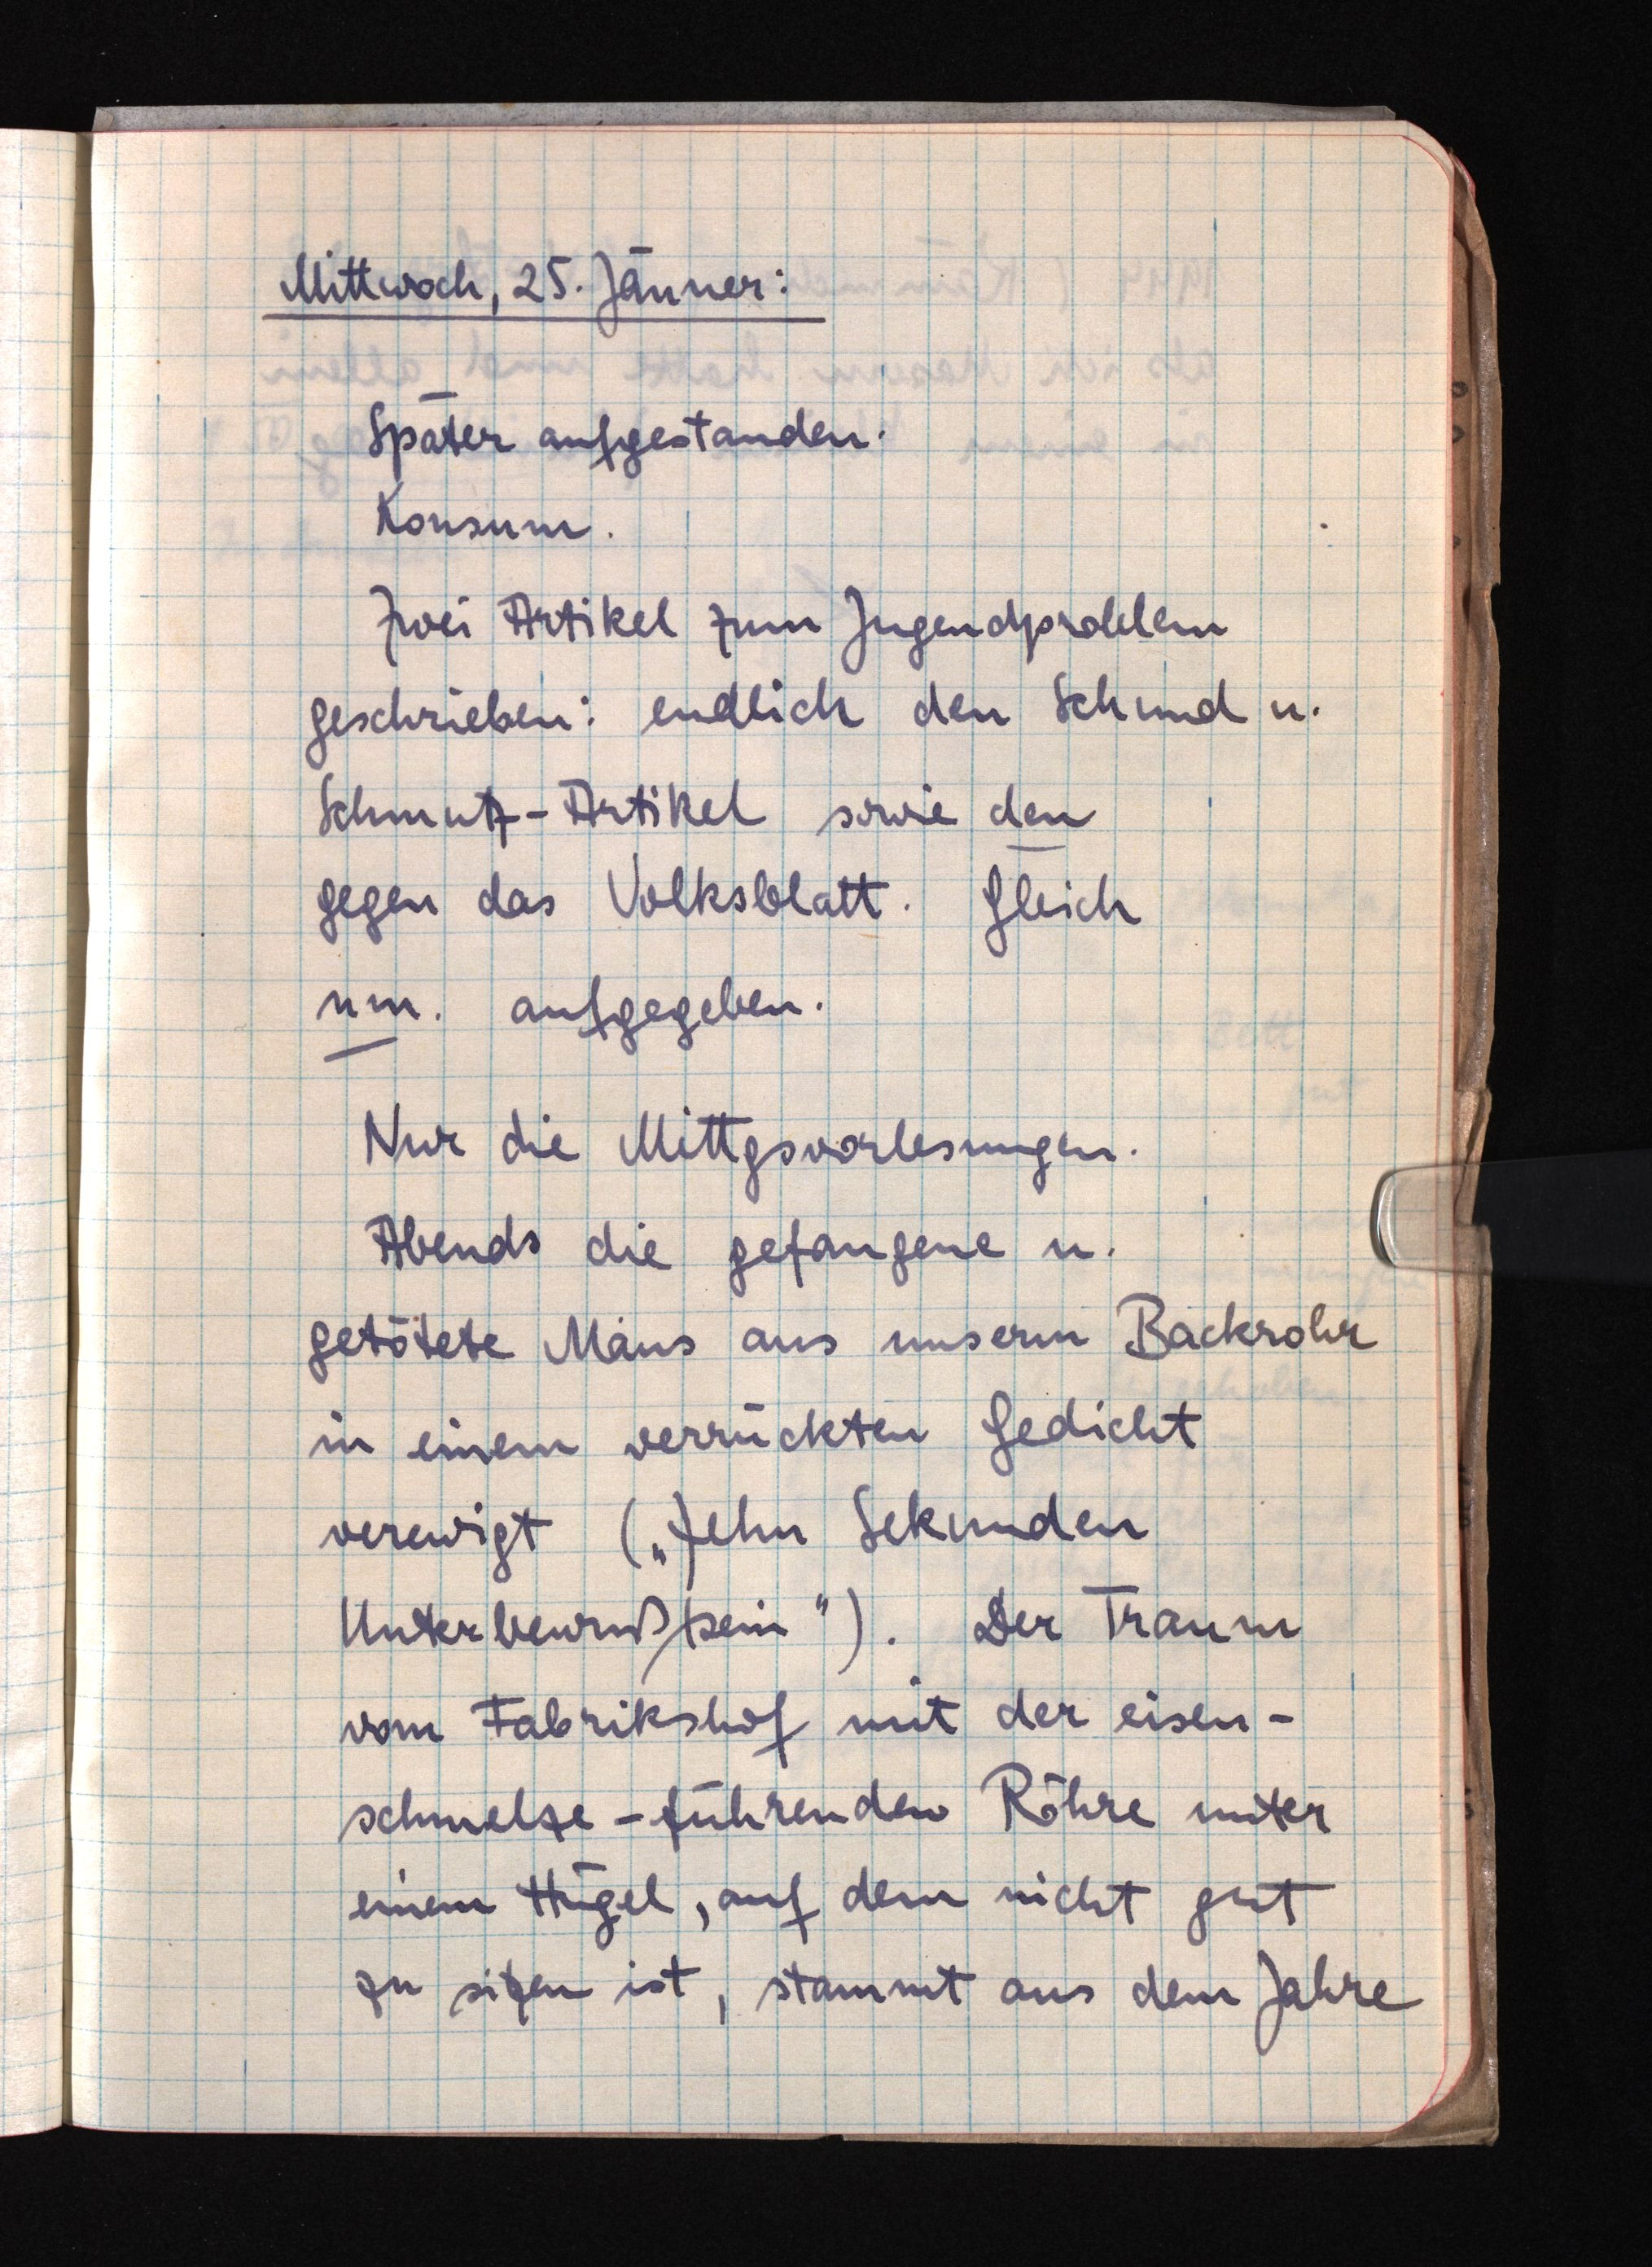
Mittwoch, 25. Jänner:
Später aufgestanden.
Konsum.
Zwei Artikel zum Jugendproblem
geschrieben: endlich den Schund u.
Schmutz-Artikel sowie den
gegen das Volksblatt. Gleich
nm. aufgegeben.
Nur die Mittagsvorlesungen.
Abends die gefangene u.
getötete Maus aus unserm Backrohr
in einem verrückten Gedicht
verewigt ("Zehn Sekunden
Unterbewußtsein"). Der Traum
vom Fabrikshof mit der eisen¬
schmelze-führenden Röhre unter
einem Hügel, auf dem nicht gut
zu sitzen ist, stammt aus dem Jahre